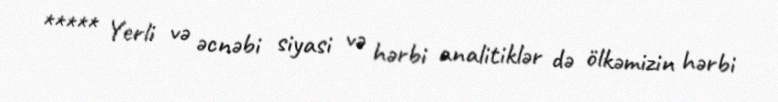
***** Yerli və əcnəbi siyasi və hərbi analitiklər də ölkəmizin hərbi